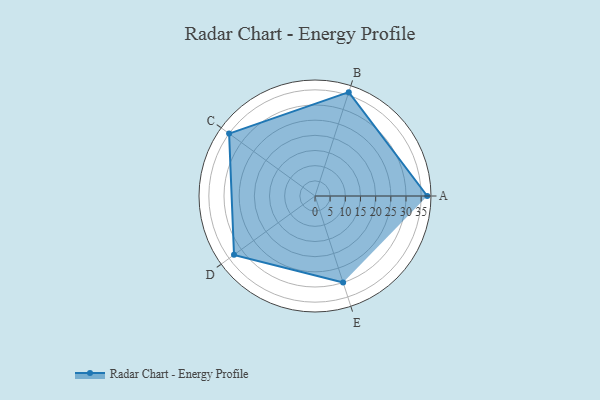
{"axis": {"x": "Skill", "y": "Score"}, "legend": ["Profile"], "data": [{"x": "A", "y": 37.0, "type": "Profile"}, {"x": "B", "y": 36.0, "type": "Profile"}, {"x": "C", "y": 35.0, "type": "Profile"}, {"x": "D", "y": 33.0, "type": "Profile"}, {"x": "E", "y": 30.0, "type": "Profile"}]}